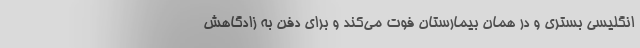
انگلیسی بستری و در همان بیمارستان فوت می‌کند و برای دفن به زادگاهش